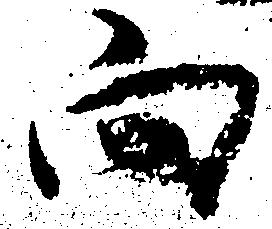
向